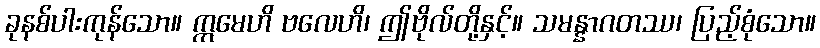
ခုနစ်ပါးကုန်သော။ ဣမေဟိ ဗလေဟိ၊ ဤဗိုလ်တို့နှင့်။ သမန္နာဂတဿ၊ ပြည့်စုံသော။